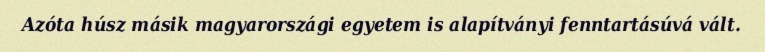
Azóta húsz másik magyarországi egyetem is alapítványi fenntartásúvá vált.